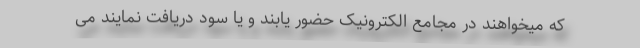
که میخواهند در مجامع الکترونیک حضور یابند و یا سود دریافت نمایند می